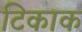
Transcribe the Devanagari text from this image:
टिकाक